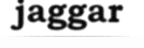
jaggar